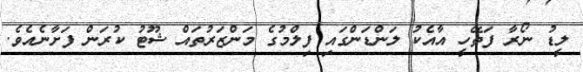
ލީޑު ނޯރާ ފަތޭހީ އާއެކު ލަންޑަންގައި ފިލްމުގެ މަންޒަރުތައް ޝޫޓު ކުރަން ފަށާނެއެވެ.